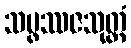
သမ္ဖဿဇသုတ္တံ